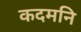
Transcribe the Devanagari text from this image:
कदमनि